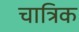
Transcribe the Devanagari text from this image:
चात्रिक